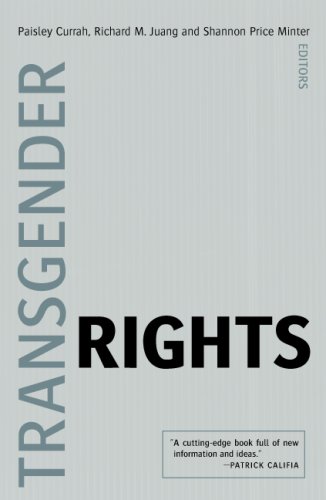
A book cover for Transgender Rights; Law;